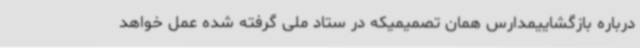
درباره بازگشاییمدارس همان تصمیمیکه در ستاد ملی گرفته شده عمل خواهد